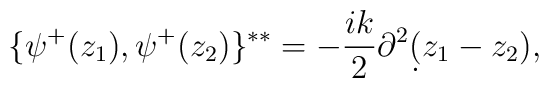
\{\psi^+(z_1),\psi^+(z_2)\}^{**}=-{{ik}\over 2}\partial^2\d(z_1-z_2),